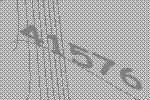
41576